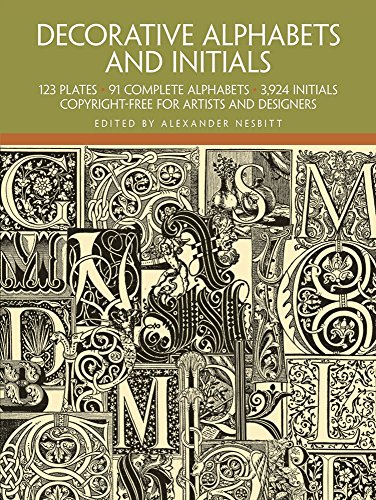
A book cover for Decorative Alphabets and Initials (Lettering, Calligraphy, Typography); Arts & Photography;